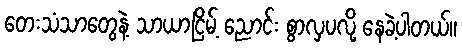
တေးသံသာတွေနဲ့ သာယာငြိမ့် ညောင်း စွာလှပလို့ နေခဲ့ပါတယ်။